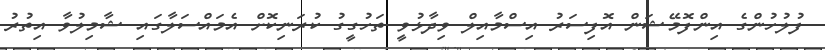
ފުލުހުންގެ އިންފޮމޭޝަން އޮފިސަރު އިސްމާއިލް ވިދާޅުވީ ތަހުގީގު ކުރަނިކޮށް އެމައްސަލާގައި ޝާމިލުވާ އިތުރު